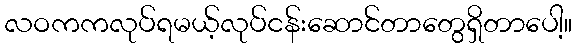
လဝကကလုပ်ရမယ့်လုပ်ငန်းဆောင်တာတွေရှိတာပေါ့။